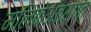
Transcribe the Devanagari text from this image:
मलिकेअंतर्गत